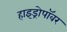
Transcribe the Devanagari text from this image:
हाइड्रोपॉवर